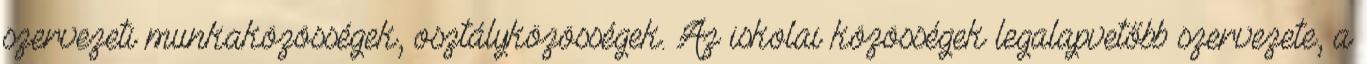
szervezeti munkaközösségek, osztályközösségek. Az iskolai közösségek legalapvetőbb szervezete, a